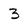
Character: 3